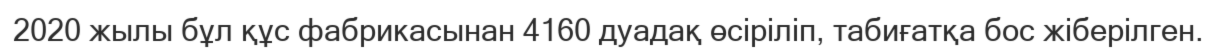
2020 жылы бұл құс фабрикасынан 4160 дуадақ өсіріліп, табиғатқа бос жіберілген.